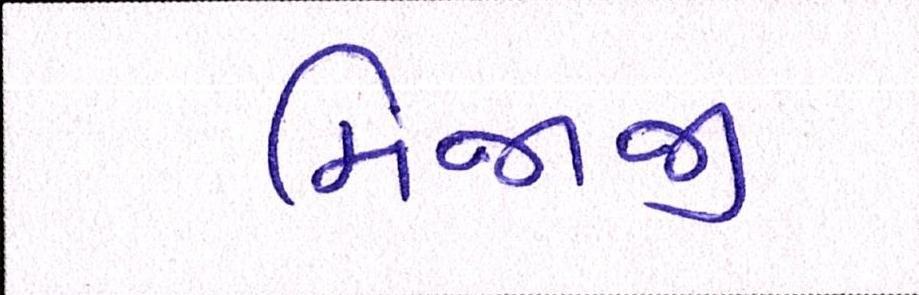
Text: મિજાજી